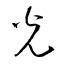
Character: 灮